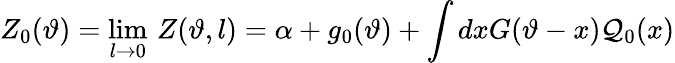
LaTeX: Z_{0}(\vartheta)=\operatorname*{lim}_{l\rightarrow 0}\, Z(\vartheta,l)=\alpha+g_{0}(\vartheta)+\displaystyle\int dxG(\vartheta-x){\cal Q}_{0}(x)